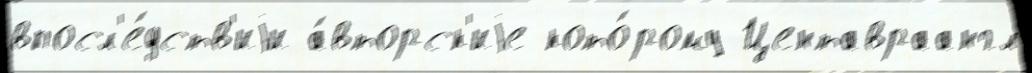
впосл'е́дств'иjи а́вторск'иjе кото́рому Центавраангл